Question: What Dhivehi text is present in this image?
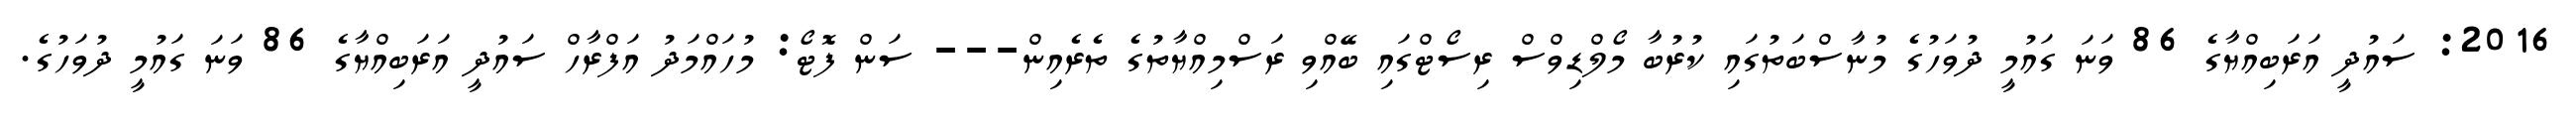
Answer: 2016: ސައުދީ އަރަބިއްޔާގެ 86 ވަނަ ގައުމީ ދުވަހުގެ މުނާސްބަތުގައި ކުރުބާ މޯލްޑިވްސް ރިސޯޓްގައި ބޭއްވި ރަސްމިއްޔާތުގެ ތެރެއިން--- ސަން ފޮޓޯ: މުހައްމަދު އަފްރާހް ސައުދީ އަރަބިއްޔާގެ 86 ވަނަ ގައުމީ ދުވަހުގެ.